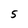
Character: 5